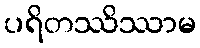
ပရိတဿိဿာမ